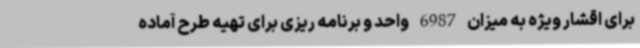
برای اقشار ویژه به میزان 6987 واحد و برنامه ریزی برای تهیه طرح آماده